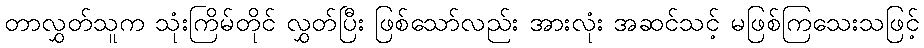
တာလွှတ်သူက သုံးကြိမ်တိုင် လွှတ်ပြီး ဖြစ်သော်လည်း အားလုံး အဆင်သင့် မဖြစ်ကြသေးသဖြင့်